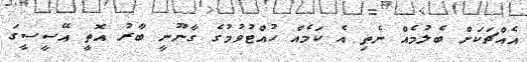
އެއްޗަކަށް ބެލުމެއް ނެތި އެ ކަމެއް ހުއްޓުވުމުގެ ގާނޫނީ ބާރު އޮތީ އޭސީސީގަ